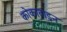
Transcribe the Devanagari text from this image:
कोकावाइन